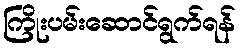
ကြိုးပမ်းဆောင်ရွက်ရန်